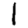
Digit: 1